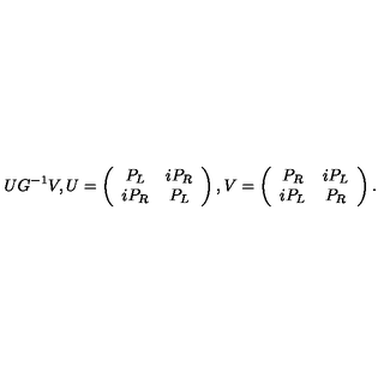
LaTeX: U G ^ { - 1 } V , U = \left( \begin{array} { c c } { P _ { L } } & { i P _ { R } } \\ { i P _ { R } } & { P _ { L } } \\ \end{array} \right) , V = \left( \begin{array} { c c } { P _ { R } } & { i P _ { L } } \\ { i P _ { L } } & { P _ { R } } \\ \end{array} \right) .